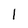
Character: 1